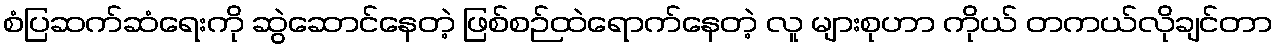
စံပြဆက်ဆံရေးကို ဆွဲဆောင်နေတဲ့ ဖြစ်စဉ်ထဲရောက်နေတဲ့ လူ များစုဟာ ကိုယ် တကယ်လိုချင်တာ